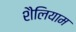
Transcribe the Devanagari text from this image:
शैलियाम